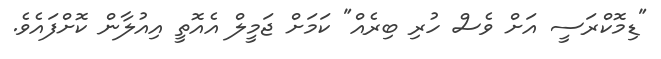
"ޑިމޮކްރަސީ އަށް ވެސް ހުރި ބިރެއް" ކަމަށް ޖަމީލް އެއޮތީ އިއުލާން ކޮށްފައެވެ.